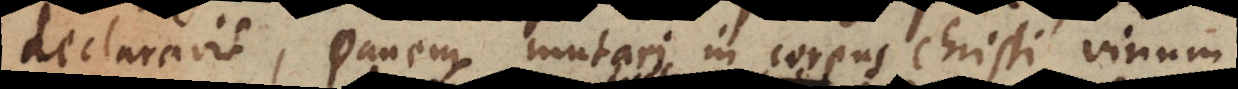
declaravit, panem mutari in corpus Christi, vinum